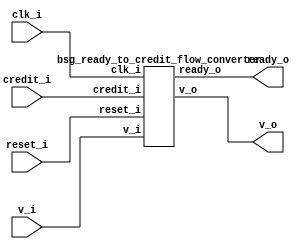


module top
(
  clk_i,
  reset_i,
  v_i,
  ready_o,
  v_o,
  credit_i
);

  input clk_i;
  input reset_i;
  input v_i;
  input credit_i;
  output ready_o;
  output v_o;

  bsg_ready_to_credit_flow_converter
  wrapper
  (
    .clk_i(clk_i),
    .reset_i(reset_i),
    .v_i(v_i),
    .credit_i(credit_i),
    .ready_o(ready_o),
    .v_o(v_o)
  );


endmodule



module bsg_counter_up_down_variable_max_val_p100_init_val_p0_max_step_p1
(
  clk_i,
  reset_i,
  up_i,
  down_i,
  count_o
);

  input [0:0] up_i;
  input [0:0] down_i;
  output [6:0] count_o;
  input clk_i;
  input reset_i;
  wire N0,N1,N2,N3,N4,N5,N6,N7,N8,N9,N10,N11,N12,N13,N14,N15,N16,N17,N18,N19,N20,N21,
  N22,N23;
  reg [6:0] count_o;
  assign { N9, N8, N7, N6, N5, N4, N3 } = count_o - down_i[0];
  assign { N16, N15, N14, N13, N12, N11, N10 } = { N9, N8, N7, N6, N5, N4, N3 } + up_i[0];
  assign { N23, N22, N21, N20, N19, N18, N17 } = (N0)? { 1'b0, 1'b0, 1'b0, 1'b0, 1'b0, 1'b0, 1'b0 } : 
                                                 (N1)? { N16, N15, N14, N13, N12, N11, N10 } : 1'b0;
  assign N0 = reset_i;
  assign N1 = N2;
  assign N2 = ~reset_i;

  always @(posedge clk_i) begin
    if(1'b1) begin
      { count_o[6:0] } <= { N23, N22, N21, N20, N19, N18, N17 };
    end 
  end


endmodule



module bsg_ready_to_credit_flow_converter
(
  clk_i,
  reset_i,
  v_i,
  ready_o,
  v_o,
  credit_i
);

  input clk_i;
  input reset_i;
  input v_i;
  input credit_i;
  output ready_o;
  output v_o;
  wire ready_o,v_o,N0,N1,N2,N3,N4;
  wire [6:0] credit_cnt;
  wire [0:0] up;

  bsg_counter_up_down_variable_max_val_p100_init_val_p0_max_step_p1
  credit_counter
  (
    .clk_i(clk_i),
    .reset_i(reset_i),
    .up_i(up[0]),
    .down_i(v_o),
    .count_o(credit_cnt)
  );

  assign N0 = credit_cnt[5] | credit_cnt[6];
  assign N1 = credit_cnt[4] | N0;
  assign N2 = credit_cnt[3] | N1;
  assign N3 = credit_cnt[2] | N2;
  assign N4 = credit_cnt[1] | N3;
  assign ready_o = credit_cnt[0] | N4;
  assign v_o = v_i & ready_o;
  assign up[0] = credit_i;

endmodule